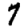
Digit: 7